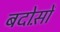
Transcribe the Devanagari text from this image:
बदोस़ों